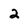
Character: 2